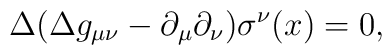
\Delta (\Delta g_{\mu \nu} - \partial_{\mu}\partial_{\nu})  \sigma^{\nu}(x)=0,